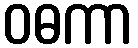
ဝဓကာ